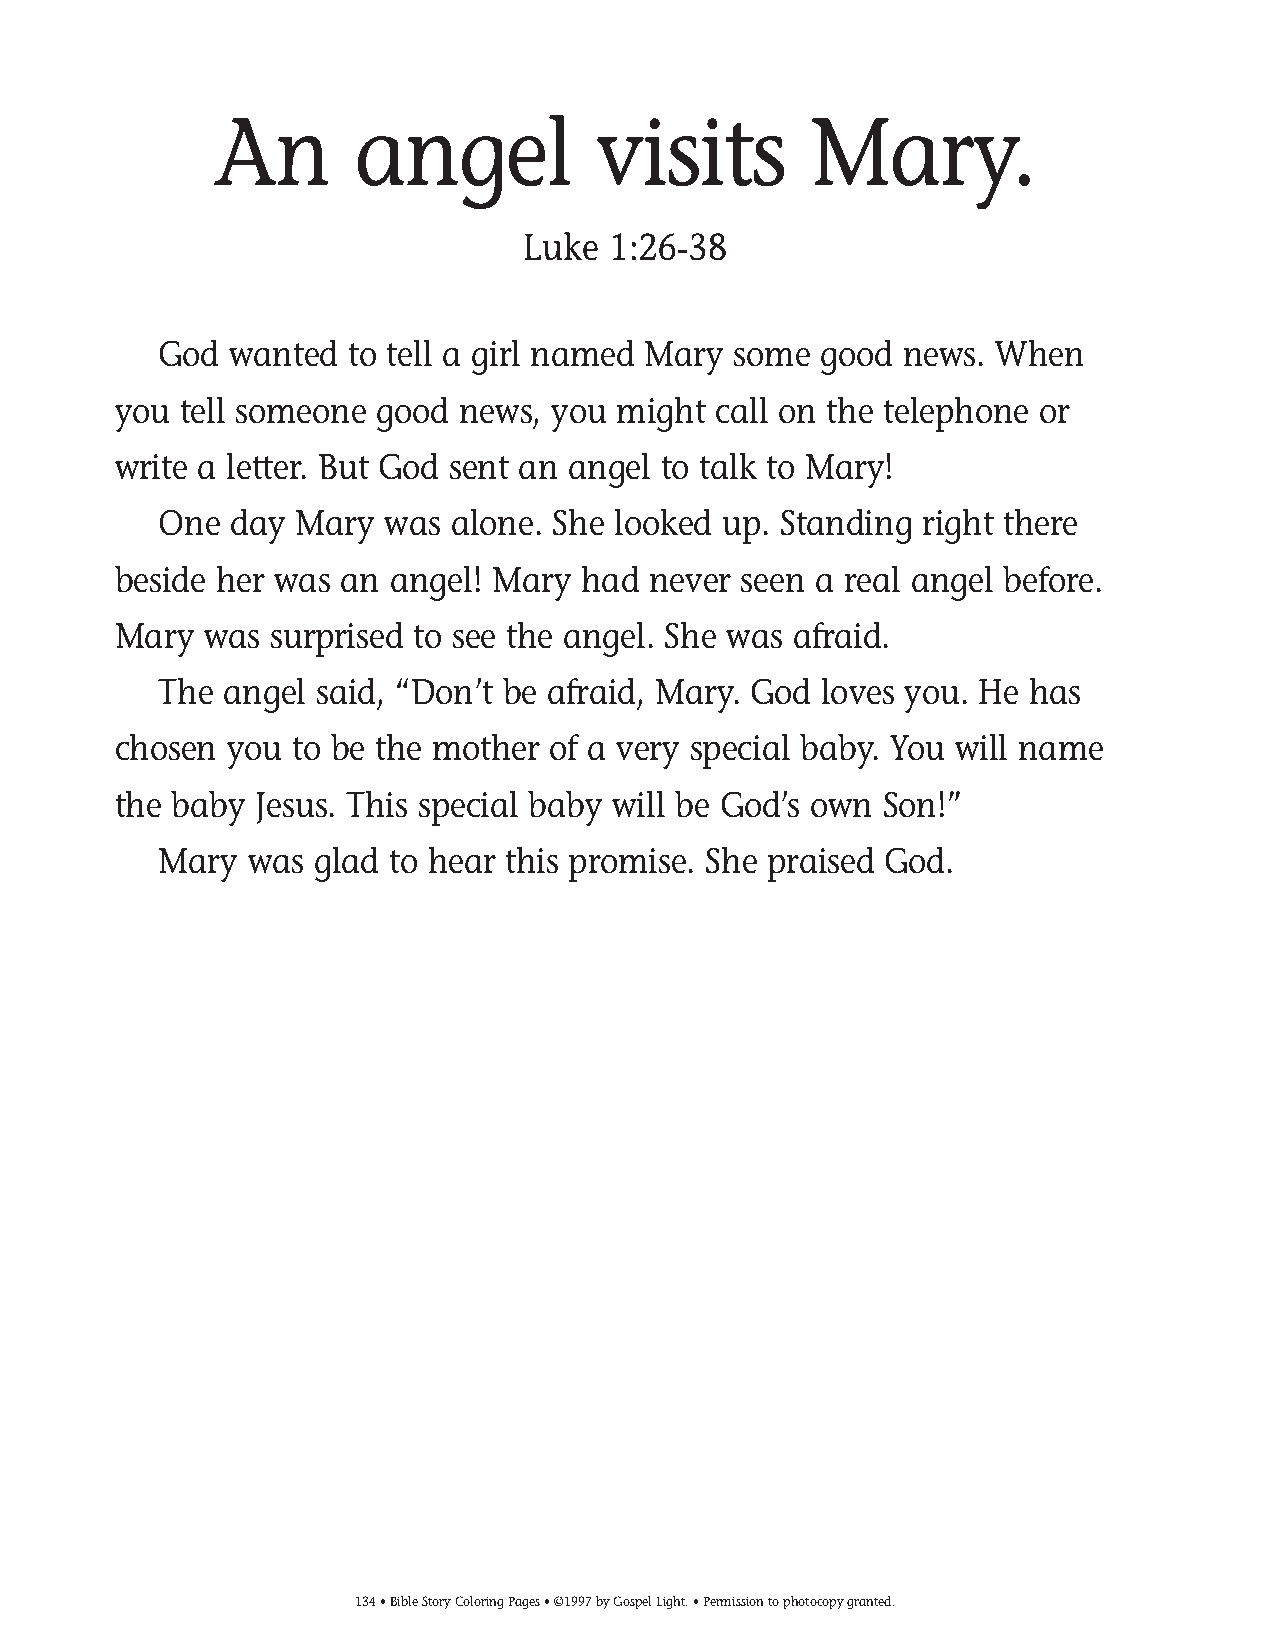
125-154 Coloring pgs_125-154 Coloring pgs 2/19/14 11:48 AM Page 134
 An       angel           visits        Mary.
 Luke  1:26-38
 God  wanted to tell a girl named Mary some  good news. When
 you tell someone good  news, you might  call on the telephone or
 write a letter. But God sent an angel to talk to Mary!
 One  day Mary  was alone. She looked up. Standing  right there
 beside her was an angel! Mary  had never seen a real angel before.
 Mary  was surprised to see the angel. She was afraid.
 The angel said, “Don’t be afraid, Mary. God loves you. He has
 chosen you  to be the mother of a very special baby. You will name
 the baby Jesus. This special baby will be God’s own Son!”
 Mary  was glad to hear this promise. She praised God.
 134• Bible Story Coloring Pages • ©1997 by Gospel Light. • Permission to photocopy granted.